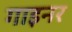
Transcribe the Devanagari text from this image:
गाइनर